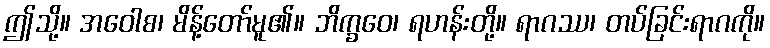
ဤသို့။ အဝေါစ၊ မိန့်တော်မူ၏။ ဘိက္ခဝေ၊ ရဟန်းတို့။ ရာဂဿ၊ တပ်ခြင်းရာဂကို။